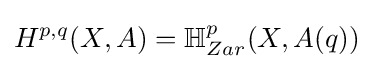
H^{p,q}(X,A)=\mathbb {H} _{Zar}^{p}(X,A(q))